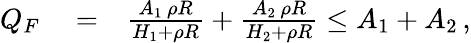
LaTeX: \begin{array}{rlr}{Q_{F}}&{{}=}&{\frac{A_{1}\, \rho R}{H_{1}+\rho R}+\frac{A_{2}\, \rho R}{H_{2}+\rho R}\le A_{1}+A_{2}\, ,}\end{array}